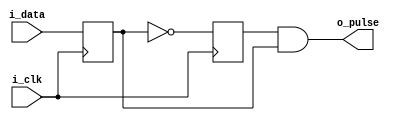
`timescale 1ns / 1ps
//////////////////////////////////////////////////////////////////////////////////
// Company: 
// Engineer: 
// 
// Design Name: 
// Module Name:    level_to_pulse 
// Project Name: 
// Target Devices: 
// Tool versions: 
// Description: 
//
// Dependencies: 
//
// Revision: 
// Revision 0.01 - File Created
// Additional Comments: 
//
//////////////////////////////////////////////////////////////////////////////////
module level_to_pulse(
    input  i_clk,
    input  i_data,
    output o_pulse
    );
   
   reg  data;
   reg  data_d;
   
   always @(posedge i_clk)
   begin
      data   <= i_data;
      data_d <= ~data;
   end

   assign o_pulse = data_d & data;

endmodule